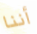
أننا